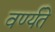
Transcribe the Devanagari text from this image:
वर्ण्यते